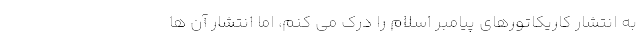
به انتشار کاریکاتورهای پیامبر اسلام را درک می کنم، اما انتشار آن ها